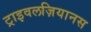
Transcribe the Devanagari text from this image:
ट्राइवलज़ियानस